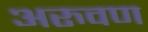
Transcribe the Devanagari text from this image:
अरुवण